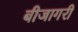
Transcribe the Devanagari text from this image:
बीजागरी